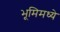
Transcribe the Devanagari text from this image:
भूमिमध्ये